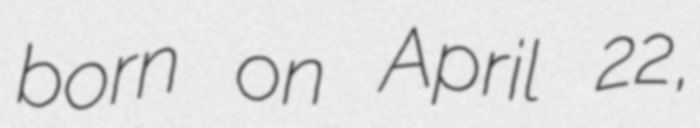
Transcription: born on April 22,